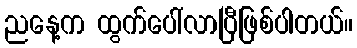
ညနေ့က ထွက်ပေါ်လာပြီဖြစ်ပါတယ်။